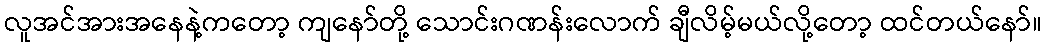
လူအင်အားအနေနဲ့ကတော့ ကျနော်တို့ သောင်းဂဏန်းလောက် ချီလိမ့်မယ်လို့တော့ ထင်တယ်နော်။